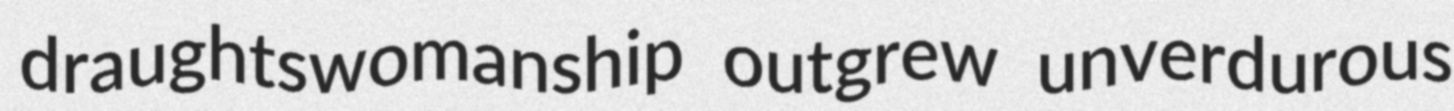
draughtswomanship outgrew unverdurous